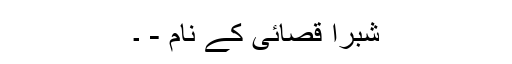
شبرا قصائی کے نام - ۔